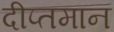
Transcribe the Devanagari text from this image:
दीप्तमान